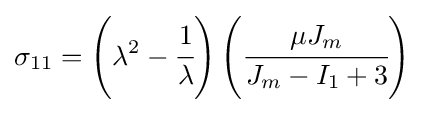
\sigma _{11}=\left(\lambda ^{2}-{\cfrac {1}{\lambda }}\right)\left({\cfrac {\mu J_{m}}{J_{m}-I_{1}+3}}\right)~